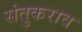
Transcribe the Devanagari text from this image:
संतुकराव